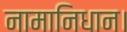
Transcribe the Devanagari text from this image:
नामानिधान।